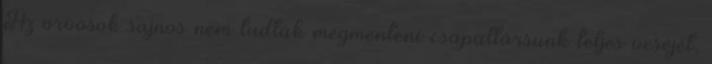
Az orvosok sajnos nem tudták megmenteni csapattársunk teljes veséjét,